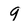
Character: 9